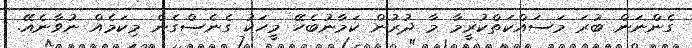
ގެންނަން ބުރަ މަސައްކަތްކުރީމާ މާ ދުރުން ކަމާނުބެހޭ މީހަކު ގެނެސްގެން މިކަމެއް ނުވާނެއޭ.